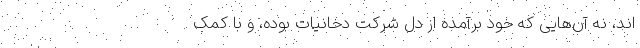
اند، نه آن‌هایی که خود برآمده از دلِ شرکت دخانیات بوده، و با کمک